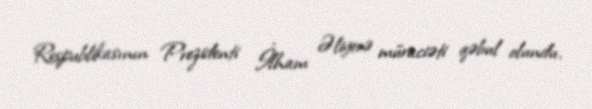
Respublikasının Prezidenti İlham Əliyevə müraciəti qəbul olundu.